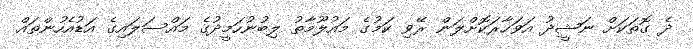
ދެ ގޮތަކަށް ނަޝީދު އަވަހާރަކޮށްލަން ރޭވި ކަމުގެ މައުލޫމާތު ލިބުނުހަމީދުގެ މައްސަލައިގެ އަޑުއެހުންތައް